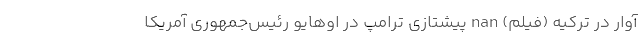
آوار در ترکیه (فیلم) nan پیشتازی ترامپ در اوهایو رئیس‌جمهوری آمریکا